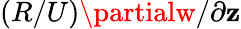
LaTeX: (R/U)\partialw/\partial\mathbf{z}